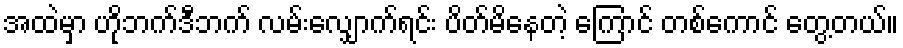
အထဲမှာ ဟိုဘက်ဒီဘက် လမ်းလျှောက်ရင်း ပိတ်မိနေတဲ့ ကြောင် တစ်ကောင် တွေ့တယ်။